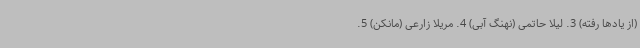
(از یادها رفته) 3. لیلا حاتمی (نهنگ آبی) 4. مریلا زارعی (مانکن) 5.